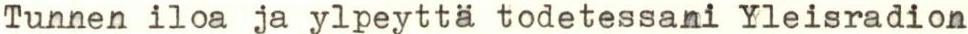
Tunnen iloa ja ylpeyttä todetessani Yleisradion